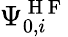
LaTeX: \Psi_{0,i}^{\mathrm{~H~F~}}